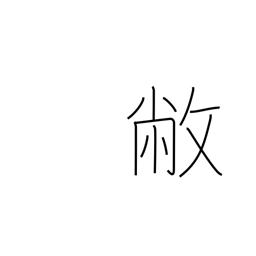
Meaning: be dilapidated